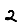
Digit: 2